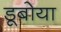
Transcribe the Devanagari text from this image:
डूबोया